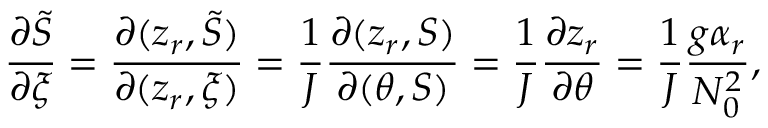
\frac { \partial \tilde { S } } { \partial \xi } = \frac { \partial ( z _ { r } , \tilde { S } ) } { \partial ( z _ { r } , \xi ) } = \frac { 1 } { J } \frac { \partial ( z _ { r } , S ) } { \partial ( \theta , S ) } = \frac { 1 } { J } \frac { \partial z _ { r } } { \partial \theta } = \frac { 1 } { J } \frac { g \alpha _ { r } } { N _ { 0 } ^ { 2 } } ,